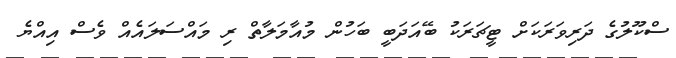
ސްކޫލުގެ ދަރިވަރަކަށް ޓީޗަރަކު ބޭއަދަބީ ބަހުން މުއާމަލާތް ރި މައްސަލައެއް ވެސް އިއްޔެ